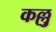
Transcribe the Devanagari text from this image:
कल्लु